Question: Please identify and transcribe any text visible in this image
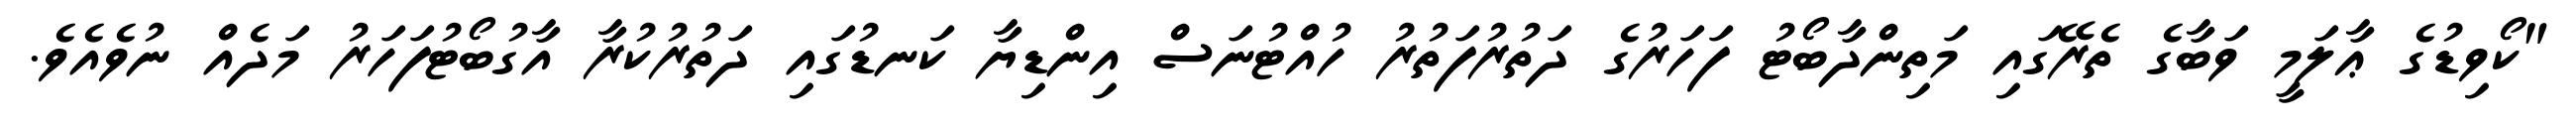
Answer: "ކޯވިޑުގެ ޢާލަމީ ވަބާގެ ތެރޭގައި މަތިންދާބޯޓު ފަހަރުގެ ދަތުރުފަތުރު ހުއްޓުނަސް އިންޑިޔާ ކަނޑުގައި ދަތުރުކުރާ އާގުބޯޓުފަހަރު މަދެއް ނުވެއެވެ.